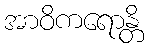
အာဝိကရောန္တိ